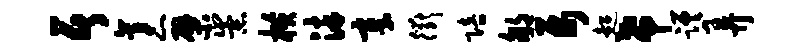
居袤檗崇横染章衢陪郇属超希蹉弄